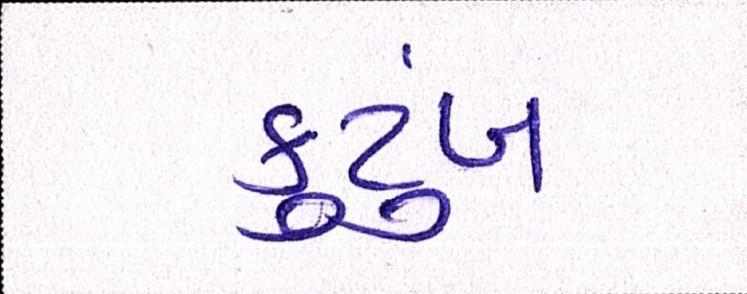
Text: કુટુંબ